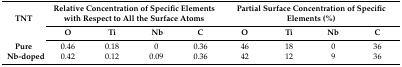
| <ROWSPAN=2> TNT | <COLSPAN=4> Relative Concentration of Specific Elements with Respect to All the Surface Atoms | <COLSPAN=4> Partial Surface Concentration of Specific Elements (%) |
 | O | Ti | Nb | C | O | Ti | Nb | C |
 | --- | --- | --- | --- | --- | --- | --- | --- | --- |
 | Pure | 0.46 | 0.18 | 0 | 0.36 | 46 | 18 | 0 | 36 |
 | Nb-doped | 0.42 | 0.12 | 0.09 | 0.36 | 42 | 12 | 9 | 36 |